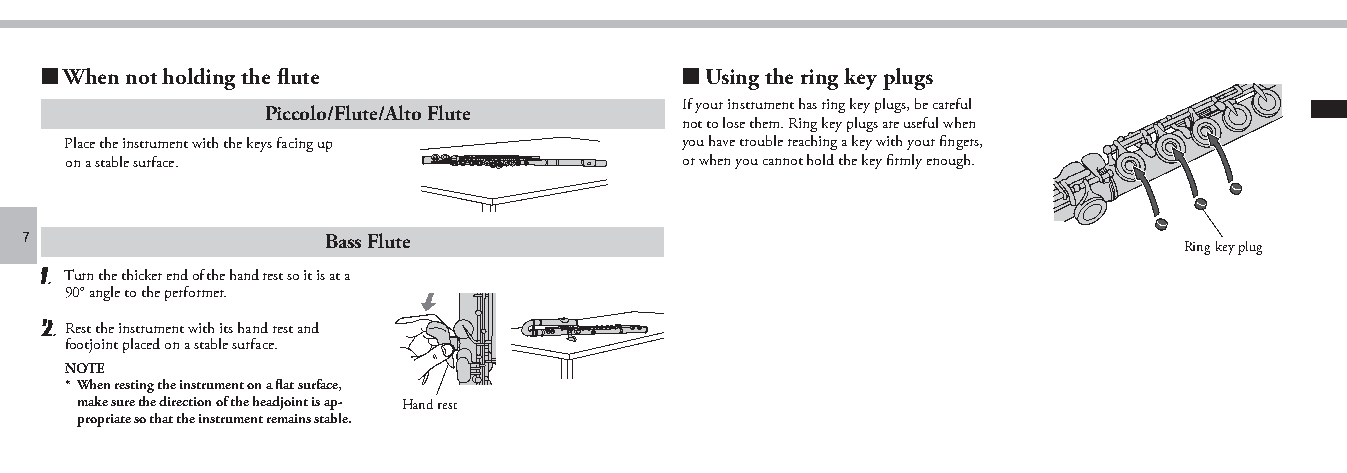
■ When not holding the flute              ■ Using the ring key plugs
 If your instrument has ring key plugs, be careful
 Piccolo/Flute/Alto Flute
 not to lose them. Ring key plugs are useful when
 Place the instrument with the keys facing up you have trouble reaching a key with your fingers,
 on a stable surface.                     or when you cannot hold the key firmly enough.
 7                   Bass Flute
 Ring key plug
 1. Turn the thicker end of the hand rest so it is at a
 90° angle to the performer.
 2. Rest the instrument with its hand rest and
 footjoint placed on a stable surface.
 NOTE
 * When resting the instrument on a flat surface,
 make sure the direction of the headjoint is ap- Hand rest
 propriate so that the instrument remains stable.
 piccolo_flute_en_om_b0_1224.indd 7                                              2021/01/07 13:01:08